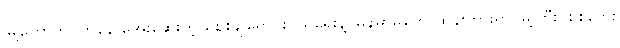
မြို့တော်ဘဝကနေ အေးဆေးတဲ့ ဈေးချိုရောင်းဝယ်ရေးနဲ့ မြန်မာမှုတွေ ထွန်းကားရာ မြို့ကြီး၊ စစ်ဘေး